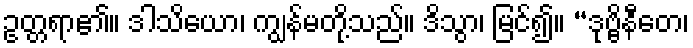
ဥတ္တရာ၏။ ဒါသိယော၊ ကျွန်မတို့သည်။ ဒိသွာ၊ မြင်၍။ “ဒုဗ္ဗိနီတေ၊